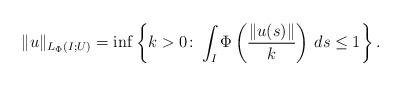
LaTeX: \begin{align*}\|u\|_{L_{\Phi}(I;U)}=\inf\left\{k>0\colon \int_{I}\Phi\left(\frac{\|u(s)\|}{k}\right)\,ds\leq 1\right\}.\end{align*}